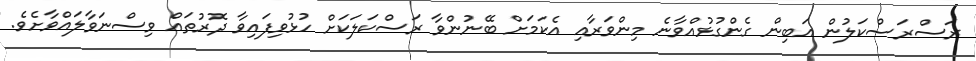
ރަސްރަސްކަލުން އަބިން ގެންގުޅުއްވާނެ މިންވަރާއި އެކަމަށް ބޭނުންވާ ރަސްކަލަކަށް ހުޅުވިފައިވާ ދޮރުތައް ވިސްނަވާލައްވާށެވެ.